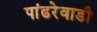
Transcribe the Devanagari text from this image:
पांढरेवाडी